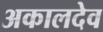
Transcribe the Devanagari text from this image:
अकालदेव